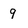
Character: 9